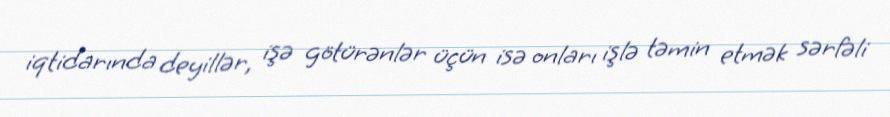
iqtidarında deyillər, işə götürənlər üçün isə onları işlə təmin etmək sərfəli